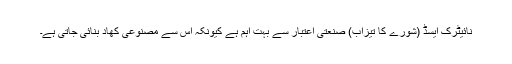
نائیٹرک ایسڈ (شورے کا تیزاب) صنعتی اعتبار سے بہت اہم ہے کیونکہ اس سے مصنوعی کھاد بنائی جاتی ہے۔